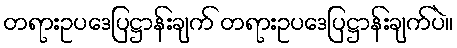
တရားဥပဒေပြဋ္ဌာန်းချက် တရားဥပဒေပြဋ္ဌာန်းချက်ပဲ။